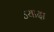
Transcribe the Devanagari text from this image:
ज्यादा